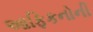
આફિકનોની